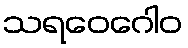
သရဝေဂေါဝ